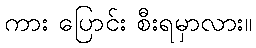
ကား ပြောင်း စီးရမှာလား။